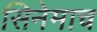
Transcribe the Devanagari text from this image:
सिनेमाच